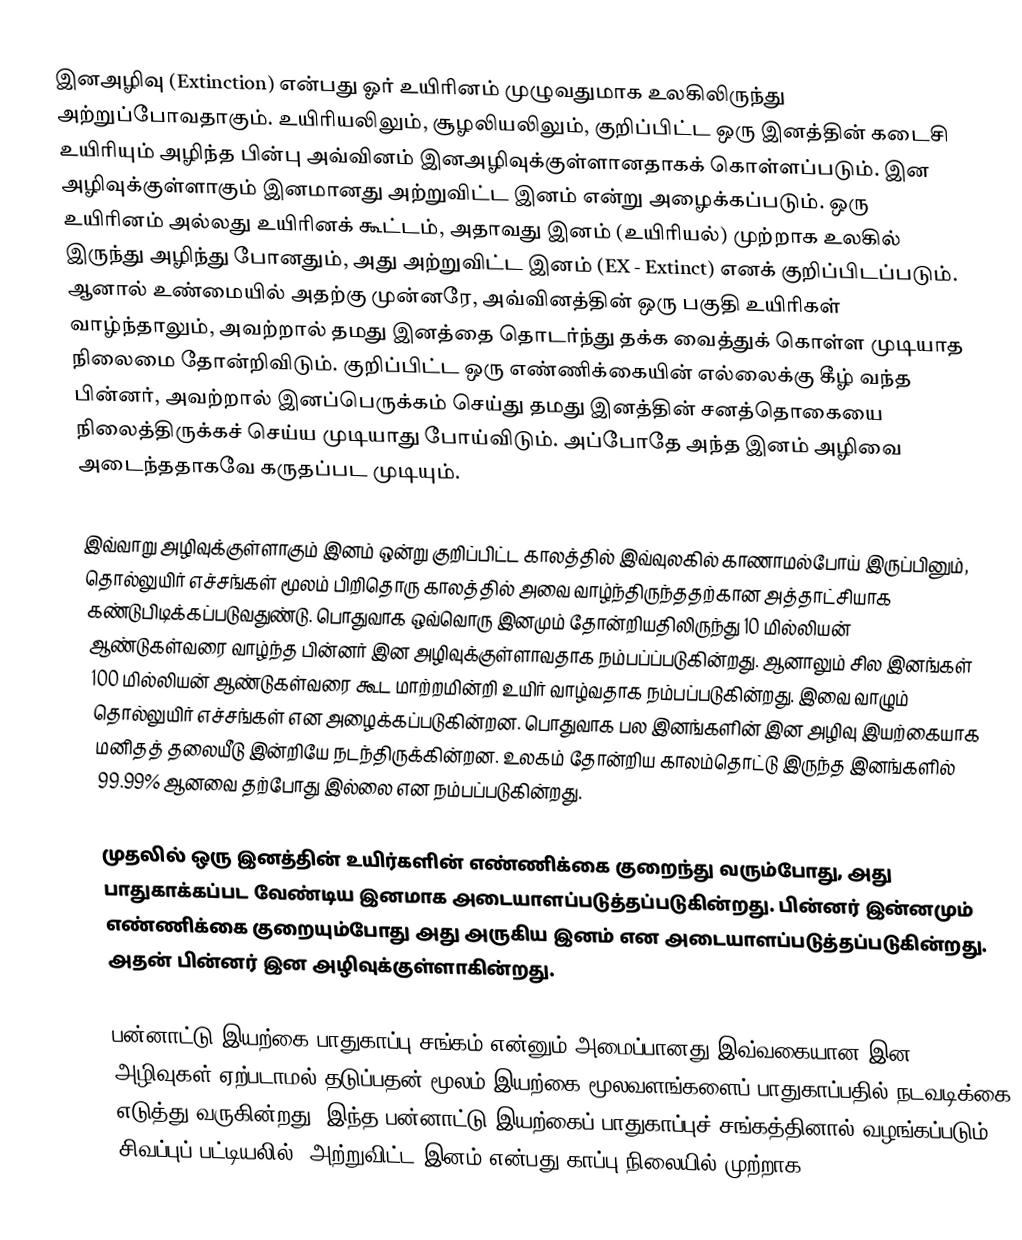
இனஅழிவு (Extinction) என்பது ஓர் உயிரினம் முழுவதுமாக உலகிலிருந்து அற்றுப்போவதாகும். உயிரியலிலும், சூழலியலிலும், குறிப்பிட்ட ஒரு இனத்தின் கடைசி உயிரியும் அழிந்த பின்பு அவ்வினம் இனஅழிவுக்குள்ளானதாகக் கொள்ளப்படும். இன அழிவுக்குள்ளாகும் இனமானது அற்றுவிட்ட இனம் என்று அழைக்கப்படும். ஒரு உயிரினம் அல்லது உயிரினக் கூட்டம், அதாவது இனம் (உயிரியல்) முற்றாக உலகில் இருந்து அழிந்து போனதும், அது அற்றுவிட்ட இனம் (EX - Extinct) எனக் குறிப்பிடப்படும். ஆனால் உண்மையில் அதற்கு முன்னரே, அவ்வினத்தின் ஒரு பகுதி உயிரிகள் வாழ்ந்தாலும், அவற்றால் தமது இனத்தை தொடர்ந்து தக்க வைத்துக் கொள்ள முடியாத நிலைமை தோன்றிவிடும். குறிப்பிட்ட ஒரு எண்ணிக்கையின் எல்லைக்கு கீழ் வந்த பின்னர், அவற்றால் இனப்பெருக்கம் செய்து தமது இனத்தின் சனத்தொகையை நிலைத்திருக்கச் செய்ய முடியாது போய்விடும். அப்போதே அந்த இனம் அழிவை அடைந்ததாகவே கருதப்பட முடியும்.

இவ்வாறு அழிவுக்குள்ளாகும் இனம் ஒன்று குறிப்பிட்ட காலத்தில் இவ்வுலகில் காணாமல்போய் இருப்பினும், தொல்லுயிர் எச்சங்கள் மூலம் பிறிதொரு காலத்தில் அவை வாழ்ந்திருந்ததற்கான அத்தாட்சியாக கண்டுபிடிக்கப்படுவதுண்டு. பொதுவாக ஒவ்வொரு இனமும் தோன்றியதிலிருந்து 10 மில்லியன் ஆண்டுகள்வரை வாழ்ந்த பின்னர் இன அழிவுக்குள்ளாவதாக நம்பப்ப்படுகின்றது. ஆனாலும் சில இனங்கள் 100 மில்லியன் ஆண்டுகள்வரை கூட மாற்றமின்றி உயிர் வாழ்வதாக நம்பப்படுகின்றது. இவை வாழும் தொல்லுயிர் எச்சங்கள் என அழைக்கப்படுகின்றன. பொதுவாக பல இனங்களின் இன அழிவு இயற்கையாக மனிதத் தலையீடு இன்றியே நடந்திருக்கின்றன. உலகம் தோன்றிய காலம்தொட்டு இருந்த இனங்களில் 99.99% ஆனவை தற்போது இல்லை என நம்பப்படுகின்றது.

முதலில் ஒரு இனத்தின் உயிர்களின் எண்ணிக்கை குறைந்து வரும்போது, அது பாதுகாக்கப்பட வேண்டிய இனமாக அடையாளப்படுத்தப்படுகின்றது. பின்னர் இன்னமும் எண்ணிக்கை குறையும்போது அது அருகிய இனம் என அடையாளப்படுத்தப்படுகின்றது. அதன் பின்னர் இன அழிவுக்குள்ளாகின்றது.

பன்னாட்டு இயற்கை பாதுகாப்பு சங்கம் என்னும் அமைப்பானது இவ்வகையான இன அழிவுகள் ஏற்படாமல் தடுப்பதன் மூலம் இயற்கை மூலவளங்களைப் பாதுகாப்பதில் நடவடிக்கை எடுத்து வருகின்றது. இந்த பன்னாட்டு இயற்கைப் பாதுகாப்புச் சங்கத்தினால் வழங்கப்படும் சிவப்புப் பட்டியலில், அற்றுவிட்ட இனம் என்பது காப்பு நிலையில் முற்றாக